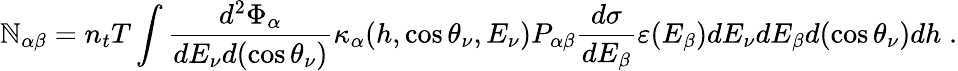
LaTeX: \mathbb{N}_{\alpha\beta}=n_{t}T\int\frac{{d^{2}\Phi_{\alpha}}}{{dE_{\nu}d(\cos\theta_{\nu})}}\kappa_{\alpha}(h,\cos\theta_{\nu},E_{\nu})P_{\alpha\beta}\frac{{d\sigma}}{{dE_{\beta}}}\varepsilon(E_{\beta})dE_{\nu}dE_{\beta}d(\cos\theta_{\nu})dh\; .